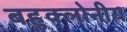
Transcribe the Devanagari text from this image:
बहुक्लोनीय